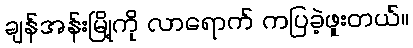
ချန်အန်းမြို့ကို လာရောက် ကပြခဲ့ဖူးတယ်။